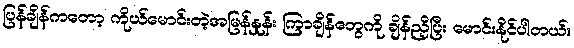
ပြန်ချိန်ကတော့ ကိုယ်မောင်းတဲ့အမြန်နှုန်း ကြာချိန်တွေကို ချိန်ညှိပြီး မောင်းနိုင်ပါတယ်။